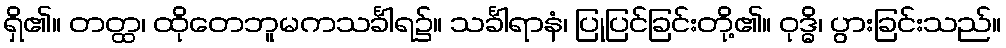
ရှိ၏။ တတ္ထ၊ ထိုတေဘူမကသင်္ခါရ၌။ သင်္ခါရာနံ၊ ပြုပြင်ခြင်းတို့၏။ ဝုဒ္ဓိ၊ ပွားခြင်းသည်။